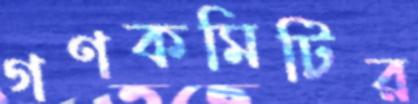
গণকমিটির